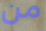
من